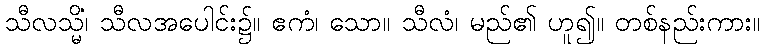
သီလသ္မိံ၊ သီလအပေါင်း၌။ ဧကံ၊ သော။ သီလံ၊ မည်၏ ဟူ၍။ တစ်နည်းကား။